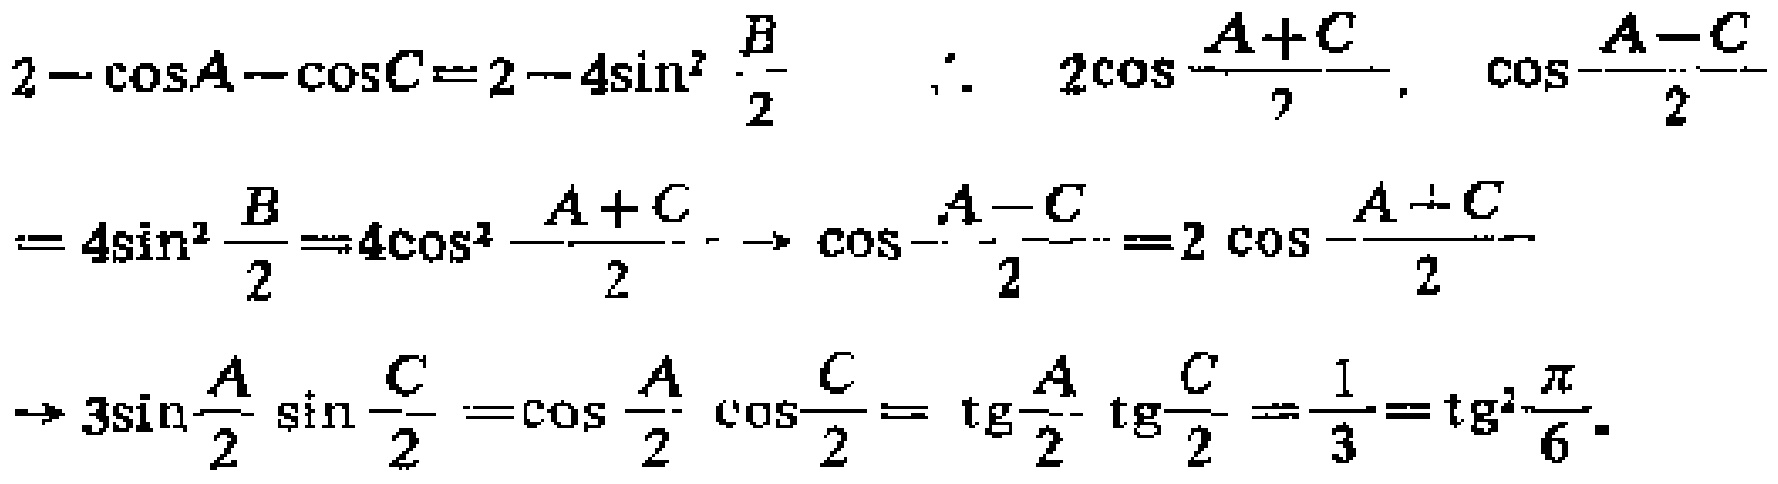
\[
\begin{align*}
2 - \cos A - \cos C&=2 - 4\sin^{2}\frac{B}{2}\\
2\cos\frac{A + C}{2}\cos\frac{A - C}{2}&= 4\sin^{2}\frac{B}{2}=4\cos^{2}\frac{A + C}{2}\\
\cos\frac{A - C}{2}&=2\cos\frac{A + C}{2}\\
3\sin\frac{A}{2}\sin\frac{C}{2}&=\cos\frac{A}{2}\cos\frac{C}{2}\\
\tan\frac{A}{2}\tan\frac{C}{2}&=\frac{1}{3}=\tan^{2}\frac{\pi}{6}
\end{align*}
\]